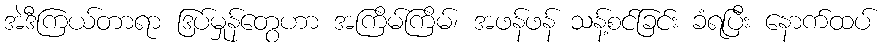
အဲဒီကြယ်တာရာ ဒြပ်မှုန်တွေဟာ အကြိမ်ကြိမ်၊ အဖန်ဖန် သန့်စင်ခြင်း ခံရပြီး နောက်ထပ်